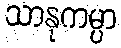
သာနုကမ္ပာ